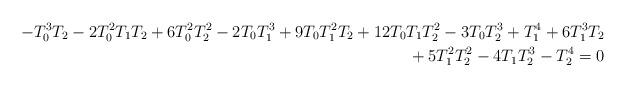
LaTeX: \begin{align*}-T_0^3T_2 - 2T_0^2T_1T_2 + 6T_0^2T_2^2 - 2T_0T_1^3 + 9T_0T_1^2T_2 + 12T_0T_1T_2^2 - 3T_0T_2^3 + T_1^4 + 6T_1^3T_2 \\{} + 5T_1^2T_2^2 - 4T_1T_2^3 - T_2^4 = 0\end{align*}